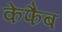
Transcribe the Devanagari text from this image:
केफैब